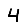
Digit: 4